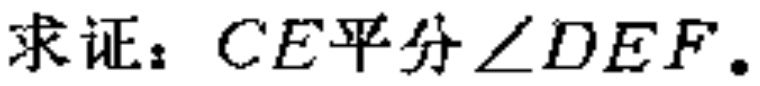
求证：$CE平分\angle DEF.$